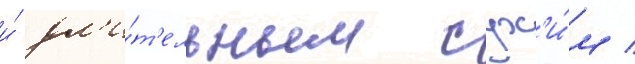
и́ дл'и́т'ельным сух'и́м /